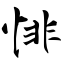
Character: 悱